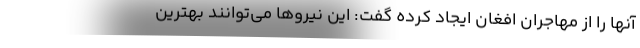
آنها را از مهاجران افغان ایجاد کرده گفت: این نیروها می‌توانند بهترین